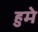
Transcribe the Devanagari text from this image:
हुमे